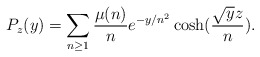
\begin{align*} P_{z}(y)=\sum_{n\ge1}\frac{\mu(n)}{n}e^{-y/n^2}\cosh(\frac{\sqrt{y}z}{n}).\end{align*}